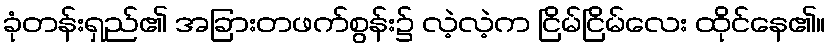
ခုံတန်းရှည်၏ အခြားတဖက်စွန်း၌ လဲ့လဲ့က ငြိမ်ငြိမ်လေး ထိုင်နေ၏။